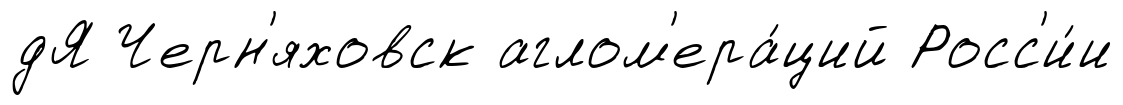
дЯ Черн'яховск аглом'ера́ций Росс'и́и